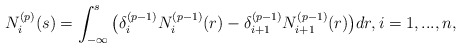
\begin{align*}N_{i}^{(p)}(s)=\int_{-\infty}^{s} \big(\delta_{i}^{(p-1)}N_{i}^{(p-1)}(r)-\delta_{i+1}^{(p-1)}N_{i+1}^{(p-1)}(r)\big)dr, i=1,...,n, \end{align*}